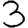
Digit: 3